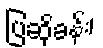
ပြဆိုခန်း၊